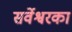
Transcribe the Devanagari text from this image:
सर्वेश्वरका